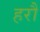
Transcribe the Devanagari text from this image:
हरौं